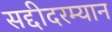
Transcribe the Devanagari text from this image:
सद्दीदरम्यान